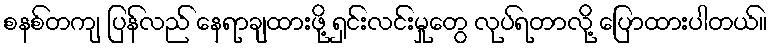
စနစ်တကျ ပြန်လည် နေရာချထားဖို့ ရှင်းလင်းမှုတွေ လုပ်ရတာလို့ ပြောထားပါတယ်။